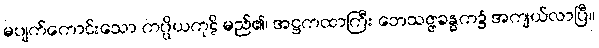
မပျက်ကောင်းသော ကပ္ပိယကုဋိ မည်၏၊ အဋ္ဌကထာကြီး ဘေသဇ္ဇခန္ဓက၌ အကျယ်လာပြီ။